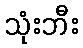
သုံးဘီး